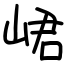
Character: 峮